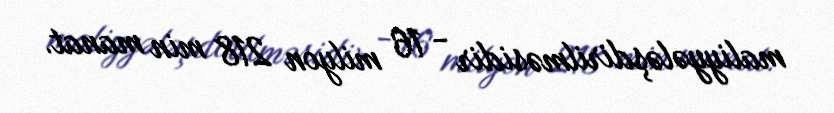
maliyyələşdirilməsidir - 16 milyon 218 min manat.